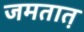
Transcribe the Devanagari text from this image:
जमतात़